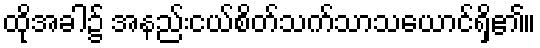
ထိုအခါ၌ အနည်းငယ်စိတ်သက်သာသယောင်ရှိ၏။